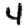
Digit: 4